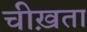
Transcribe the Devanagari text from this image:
चीख़ता